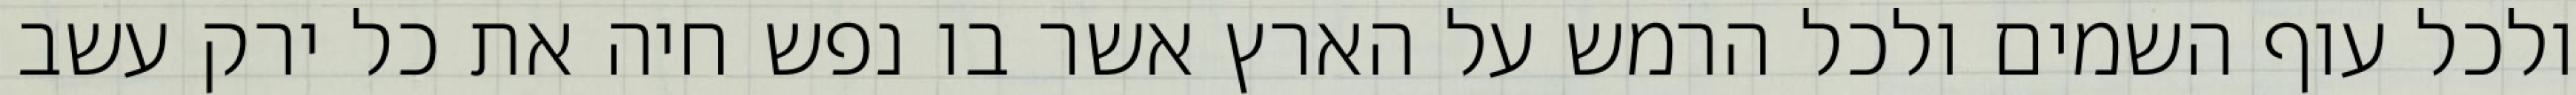
ולכל עוף השמים ולכל הרמש על הארץ אשר בו נפש חיה את כל ירק עשב